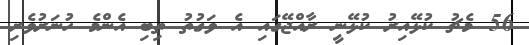
56 މެޗު ކުޅޭއިރު ކުޅޭނީ ރާއްޖޭގައި އެ ވަގުތު ތިބި އެންމެ ހުނަރުވެރި